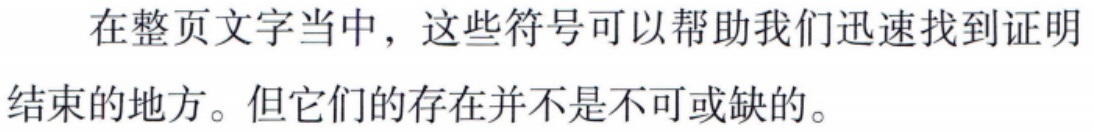
在整页文字当中，这些符号可以帮助我们迅速找到证明结束的地方。但它们的存在并不是不可或缺的。